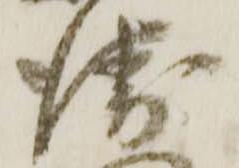
衛